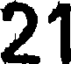
21